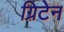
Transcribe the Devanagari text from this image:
ग्रिटेन